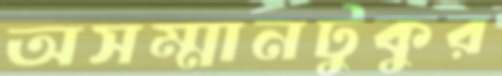
অসম্মানটুকুর